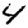
Digit: 4